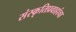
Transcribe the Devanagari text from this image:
संस्कृतिप्रवाहांचा